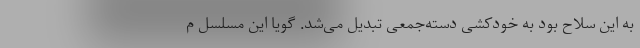
به این سلاح بود به خودکشی دسته‌جمعی تبدیل می‌شد. گویا این مسلسل م